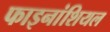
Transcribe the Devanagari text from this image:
फाइनांशियल